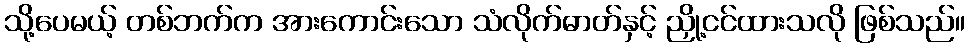
သို့ပေမယ့် တစ်ဘက်က အားကောင်းသော သံလိုက်ဓာတ်နှင့် ညှို့ငင်ထားသလို ဖြစ်သည်။